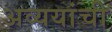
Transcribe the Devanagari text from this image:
अव्ययांची